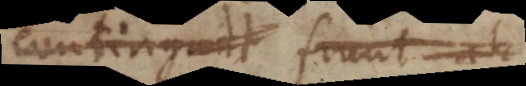
contingunt fiunt